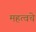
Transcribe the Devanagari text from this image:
महत्वचे